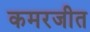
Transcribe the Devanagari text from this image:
कमरजीत